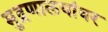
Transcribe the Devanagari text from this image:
मुद्रणालयांवर